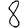
Digit: 8